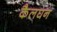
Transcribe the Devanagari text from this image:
कैलघन